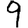
Digit: 9